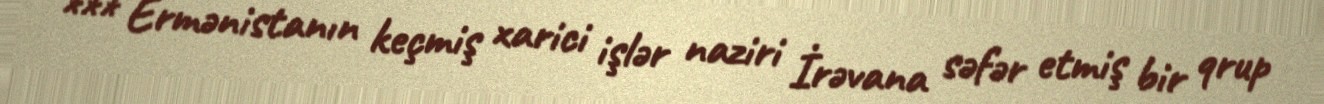
*** Ermənistanın keçmiş xarici işlər naziri İrəvana səfər etmiş bir qrup